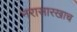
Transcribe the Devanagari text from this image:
नरासारखाच